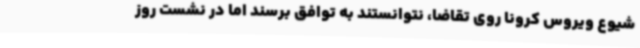
شیوع ویروس کرونا روی تقاضا، نتوانستند به توافق برسند اما در نشست روز